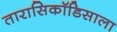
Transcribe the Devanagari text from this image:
तारासिकॉडिसाला